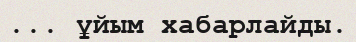
... ұйым хабарлайды.